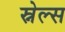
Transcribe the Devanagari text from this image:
स्नेल्स